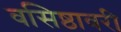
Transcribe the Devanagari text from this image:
वसिष्ठावरी